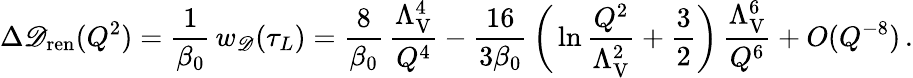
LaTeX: \Delta\mathscr{D}_{\mathrm{{ren}}}(Q^{2})={\frac{{1}}{{\beta_{0}}}}\, w_{\mathscr{D}}(\tau_{L})={\frac{{8}}{{\beta_{0}}}}\, {\frac{{\Lambda_{\mathrm{{V}}}^{4}}}{{Q^{4}}}}-{\frac{{16}}{{3\beta_{0}}}}\, \bigg(\ln{\frac{{Q^{2}}}{{\Lambda_{\mathrm{{V}}}^{2}}}}+{\frac{{3}}{{2}}}\bigg)\, {\frac{{\Lambda_{\mathrm{{V}}}^{6}}}{{Q^{6}}}}+O(Q^{-8})\, .